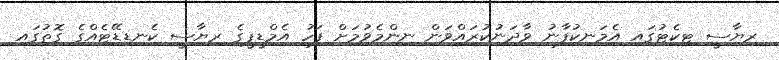
ރިޔާސީ ޓިކެޓުގައި އެމަނިކުފާނު ވާދަނުކުރައްވަން ނިންމެވުމަށް ފަހު އެމްޑީޕީގެ ރިޔާސީ ކެނޑިޑޭޓެއްގެ ގޮތުގައި